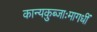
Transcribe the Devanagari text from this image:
कान्यकुब्जाःमागधीं